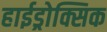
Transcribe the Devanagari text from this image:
हाईड्रोक्सिक